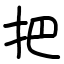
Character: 把